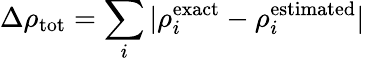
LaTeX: \Delta\rho_{\mathrm{tot}}=\sum_{i}{|\rho_{i}^{\mathrm{exact}}-\rho_{i}^{\mathrm{estimated}}|}